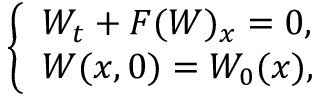
\left\{ \begin{array} { l } { W _ { t } + F ( W ) _ { x } = 0 , } \\ { W ( x , 0 ) = W _ { 0 } ( x ) , } \end{array} \right.